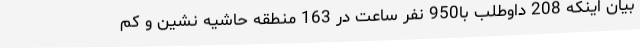
بیان اینکه 208 داوطلب با950 نفر ساعت در 163 منطقه حاشیه نشین و کم